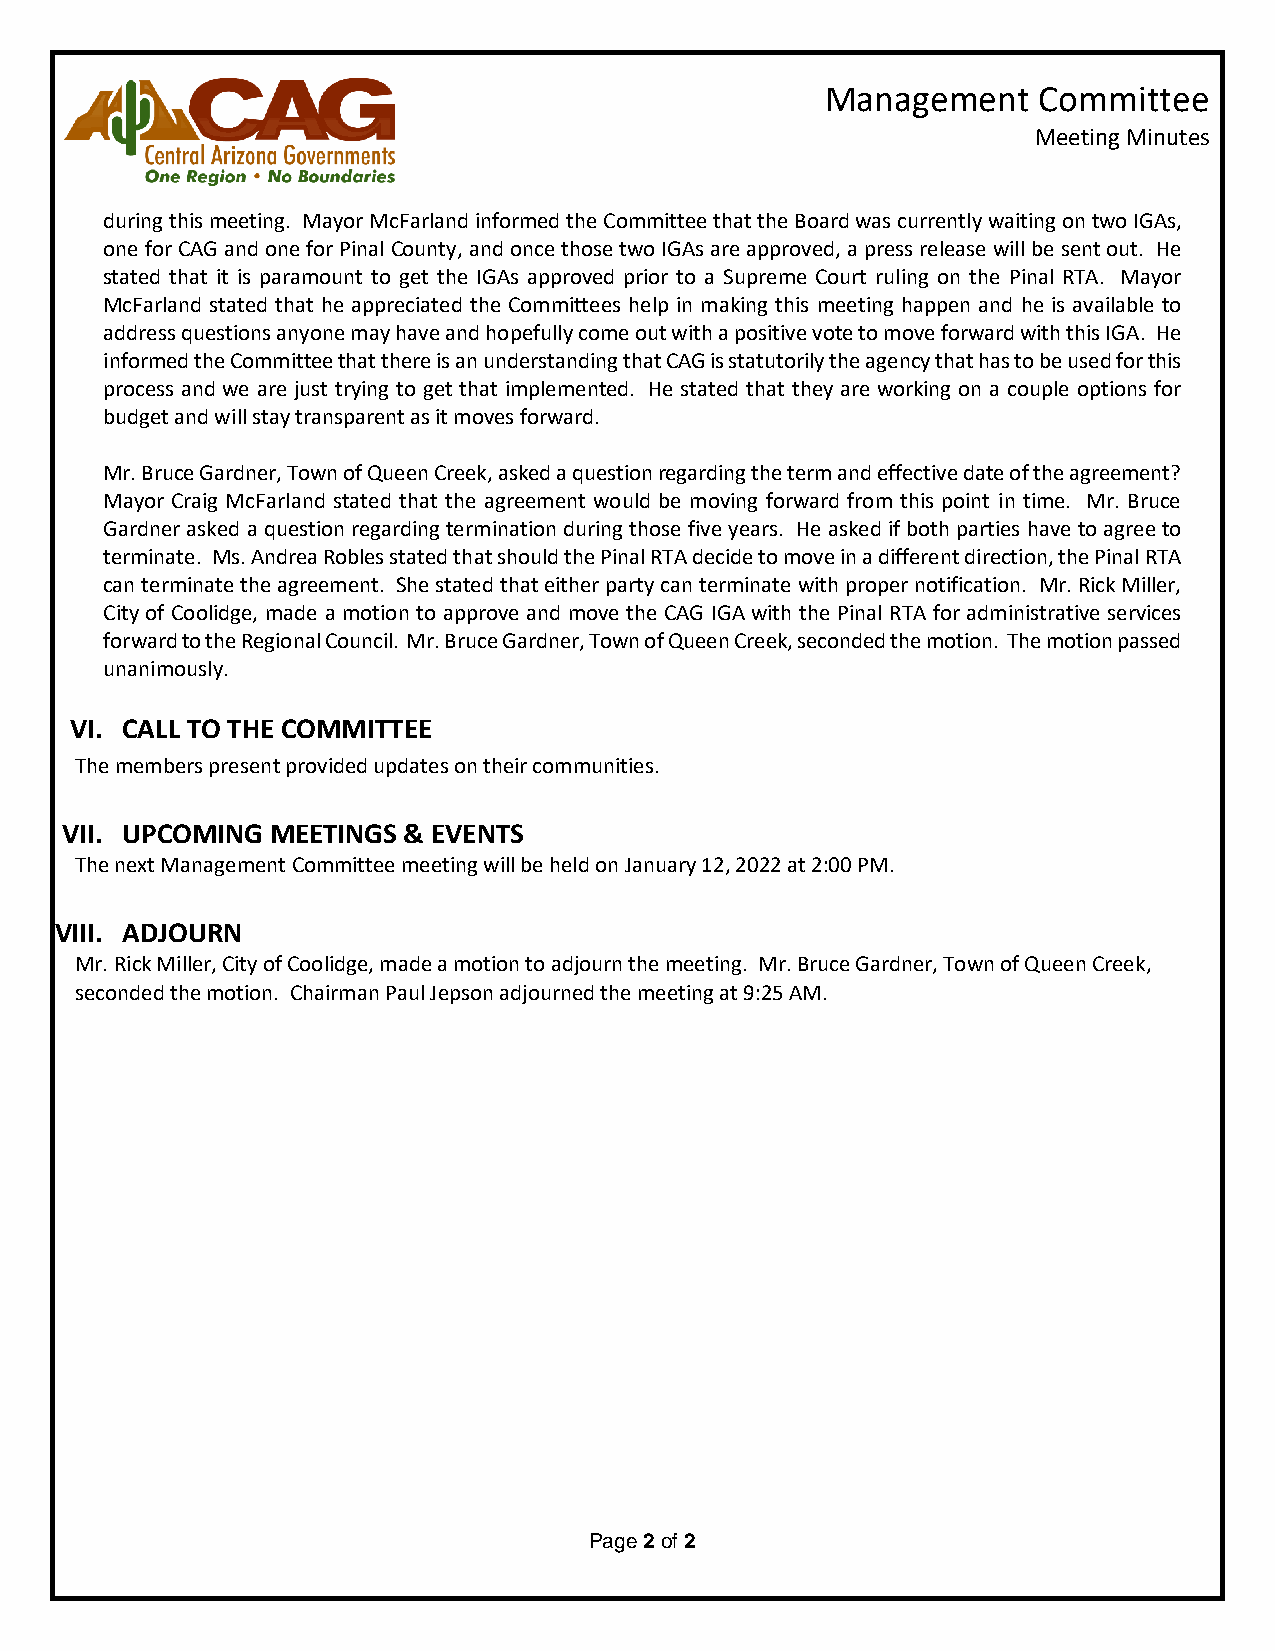
Management    Committee
 Meeting Minutes
 during this meeting. Mayor McFarland informed the Committee that the Board was currently waiting on two IGAs,
 one for CAG and one for Pinal County, and once those two IGAs are approved, a press release will be sent out. He
 stated that it is paramount to get the IGAs approved prior to a Supreme Court ruling on the Pinal RTA. Mayor
 McFarland stated that he appreciated the Committees help in making this meeting happen and he is available to
 address questions anyone may have and hopefully come out with a positive vote to move forward with this IGA. He
 informed the Committee that there is an understanding that CAG is statutorily the agency that has to be used for this
 process and we are just trying to get that implemented. He stated that they are working on a couple options for
 budget and will stay transparent as it moves forward.
 Mr. Bruce Gardner, Town of Queen Creek, asked a question regarding the term and effective date of the agreement?
 Mayor Craig McFarland stated that the agreement would be moving forward from this point in time. Mr. Bruce
 Gardner asked a question regarding termination during those five years. He asked if both parties have to agree to
 terminate. Ms. Andrea Robles stated that should the Pinal RTA decide to move in a different direction, the Pinal RTA
 can terminate the agreement. She stated that either party can terminate with proper notification. Mr. Rick Miller,
 City of Coolidge, made a motion to approve and move the CAG IGA with the Pinal RTA for administrative services
 forward to the Regional Council. Mr. Bruce Gardner, Town of Queen Creek, seconded the motion. The motion passed
 unanimously.
 VI. CALL TO THE COMMITTEE
 The members present provided updates on their communities.
 VII. UPCOMING MEETINGS & EVENTS
 The next Management Committee meeting will be held on January 12, 2022 at 2:00 PM.
 VIII. ADJOURN
 Mr. Rick Miller, City of Coolidge, made a motion to adjourn the meeting. Mr. Bruce Gardner, Town of Queen Creek,
 seconded the motion. Chairman Paul Jepson adjourned the meeting at 9:25 AM.
 Page 2 of 2